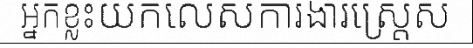
អ្នកខ្លះយកលេសការងារស្ត្រេស